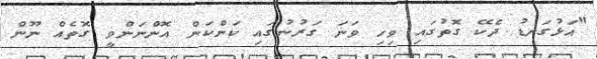
"އަޅުގަނޑު ދެކޭ ގޮތުގައި ވިހި ވަނަ ގަރުނުގައި ކަންކަން އޮންނަންވީ ގޮތެއް ނޫން